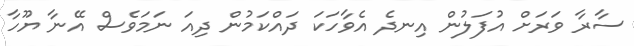
ސާރާ ވަރަށް އުފަލުން އިނދެ އެވާހަކަ ދައްކަމުން ދިއަ ނަމަވެސް އޭނާ ޔޫހާ